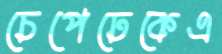
চেপেঢেকেএ